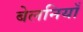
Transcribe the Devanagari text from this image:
बेलनियाँ